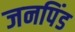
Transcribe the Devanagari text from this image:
जनपिंड